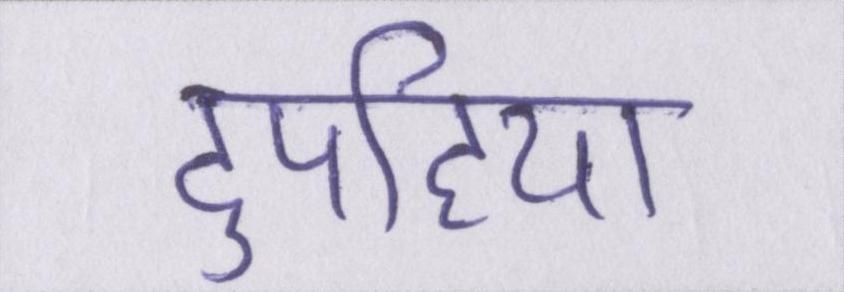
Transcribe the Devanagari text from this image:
दुपहिया